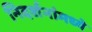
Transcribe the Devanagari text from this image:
निदर्शनांमध्ये